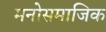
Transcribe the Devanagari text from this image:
मनोसमाजिक